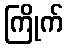
ကြိုက်